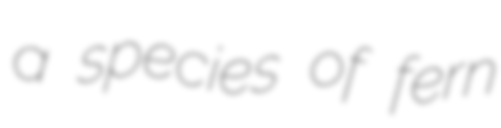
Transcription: a species of fern